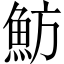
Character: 魴